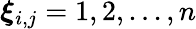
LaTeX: \boldsymbol{\xi}_{i,j}=1,2,...,n